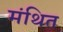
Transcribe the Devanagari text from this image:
मंथित